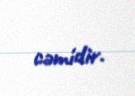
cəmidir.